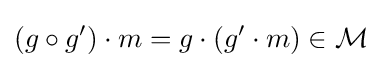
(g\circ g^{\prime })\cdot m=g\cdot (g^{\prime }\cdot m)\in {\mathcal {M}}